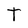
Character: I